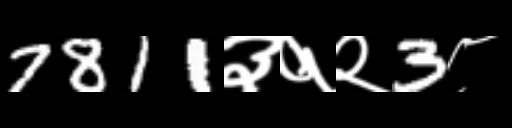
Text: 7811३१२3८